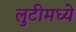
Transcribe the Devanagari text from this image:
लुटीमध्ये